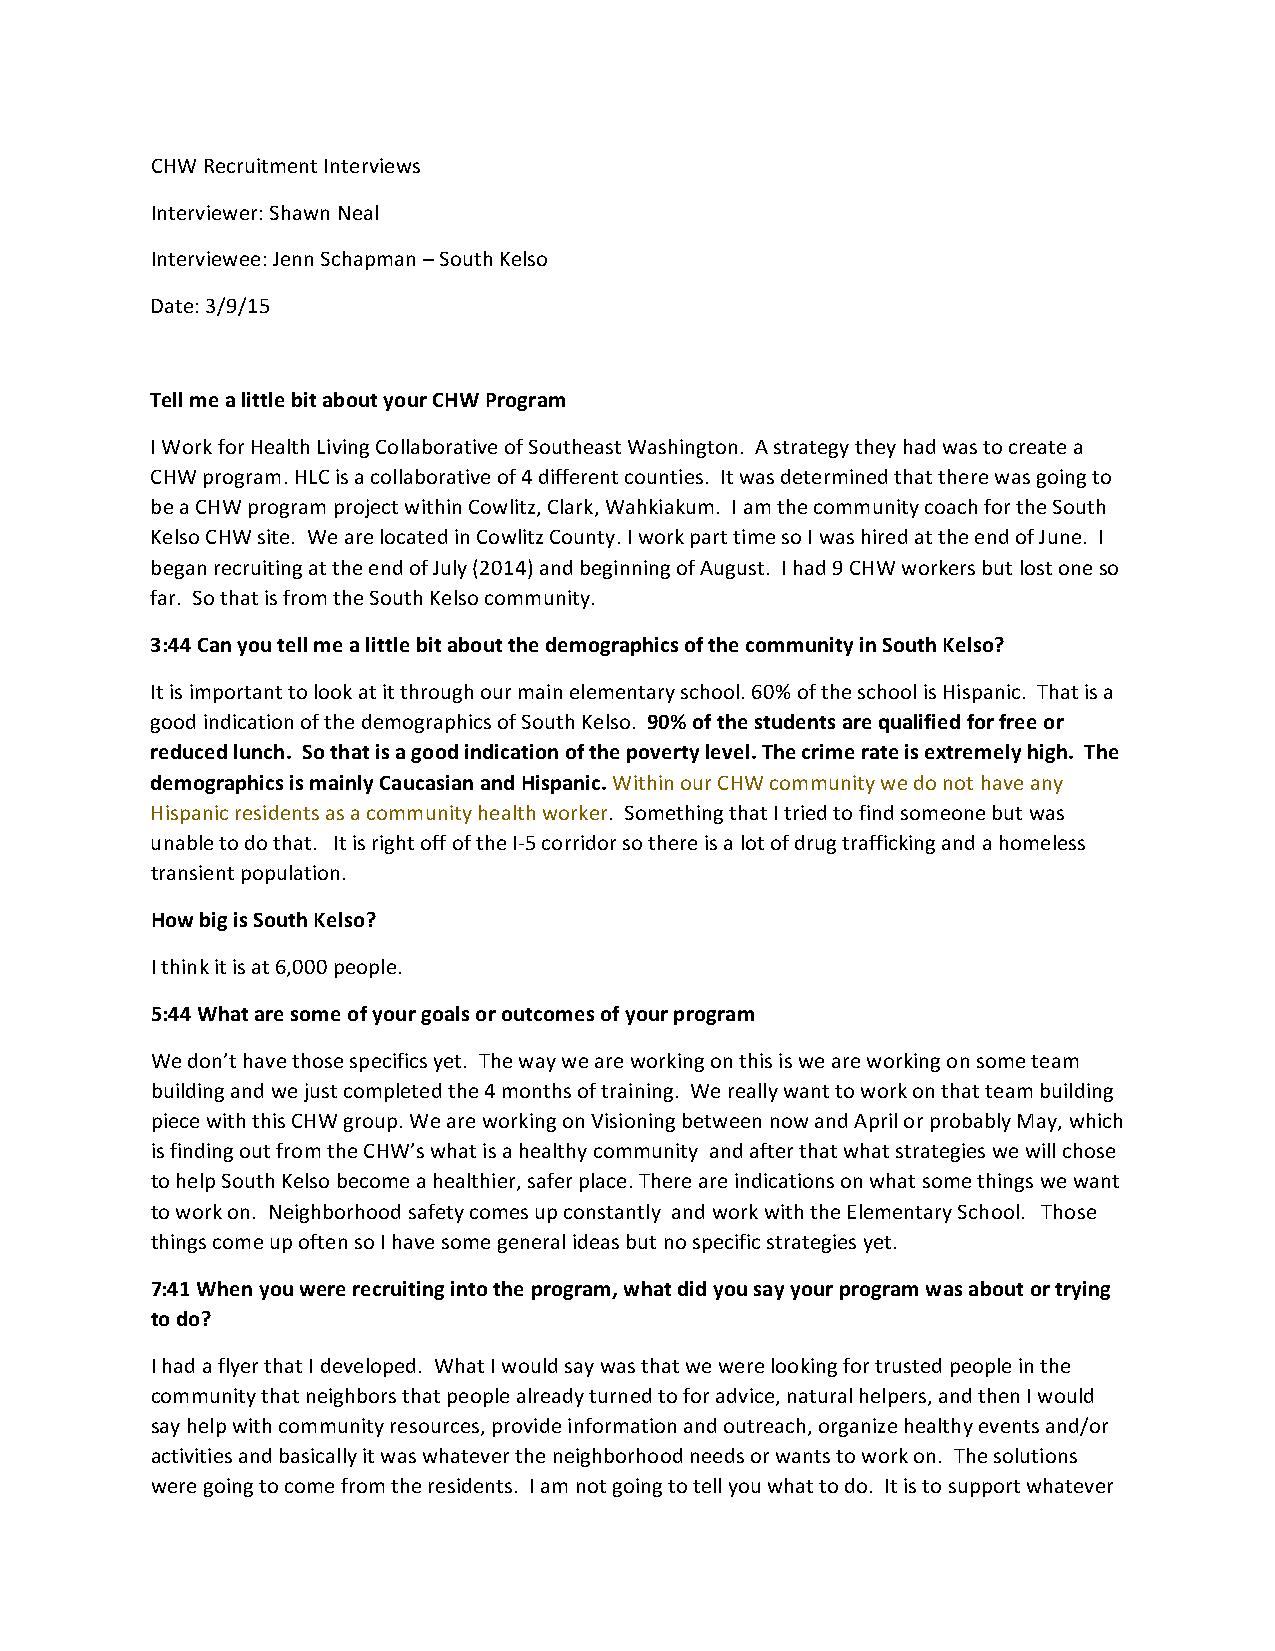
CHW Recruitment Interviews
 Interviewer: Shawn Neal
 Interviewee: Jenn Schapman – South Kelso
 Date: 3/9/15
 Tell me a little bit about your CHW Program
 I Work for Health Living Collaborative of Southeast Washington. A strategy they had was to create a
 CHW program. HLC is a collaborative of 4 different counties. It was determined that there was going to
 be a CHW program project within Cowlitz, Clark, Wahkiakum. I am the community coach for the South
 Kelso CHW site. We are located in Cowlitz County. I work part time so I was hired at the end of June. I
 began recruiting at the end of July (2014) and beginning of August. I had 9 CHW workers but lost one so
 far. So that is from the South Kelso community.
 3:44 Can you tell me a little bit about the demographics of the community in South Kelso?
 It is important to look at it through our main elementary school. 60% of the school is Hispanic. That is a
 good indication of the demographics of South Kelso. 90% of the students are qualified for free or
 reduced lunch. So that is a good indication of the poverty level. The crime rate is extremely high. The
 demographics is mainly Caucasian and Hispanic. Within our CHW community we do not have any
 Hispanic residents as a community health worker. Something that I tried to find someone but was
 unable to do that. It is right off of the I-5 corridor so there is a lot of drug trafficking and a homeless
 transient population.
 How big is South Kelso?
 I think it is at 6,000 people.
 5:44 What are some of your goals or outcomes of your program
 We don’t have those specifics yet. The way we are working on this is we are working on some team
 building and we just completed the 4 months of training. We really want to work on that team building
 piece with this CHW group. We are working on Visioning between now and April or probably May, which
 is finding out from the CHW’s what is a healthy community and after that what strategies we will chose
 to help South Kelso become a healthier, safer place. There are indications on what some things we want
 to work on. Neighborhood safety comes up constantly and work with the Elementary School. Those
 things come up often so I have some general ideas but no specific strategies yet.
 7:41 When you were recruiting into the program, what did you say your program was about or trying
 to do?
 I had a flyer that I developed. What I would say was that we were looking for trusted people in the
 community that neighbors that people already turned to for advice, natural helpers, and then I would
 say help with community resources, provide information and outreach, organize healthy events and/or
 activities and basically it was whatever the neighborhood needs or wants to work on. The solutions
 were going to come from the residents. I am not going to tell you what to do. It is to support whatever